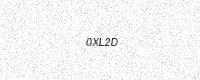
Text: 0XL2D